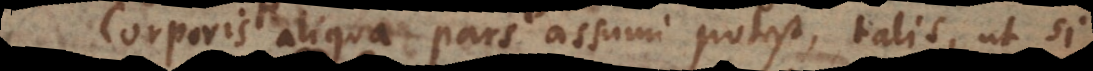
Corporis aliqua pars assumi potest, talis, ut si